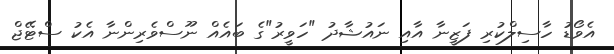
އެވޯޑު ހާސިލްކުރި ފަޒީނާ އާއި ނައުޝާދު "ހަވީރު"ގެ ބައެއް ނޫސްވެރިންނާ އެކު ސްޓޭޖް